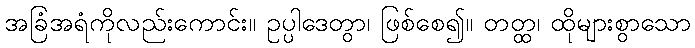
အခြံအရံကိုလည်းကောင်း။ ဥပ္ပါဒေတွာ၊ ဖြစ်စေ၍။ တတ္ထ၊ ထိုများစွာသော